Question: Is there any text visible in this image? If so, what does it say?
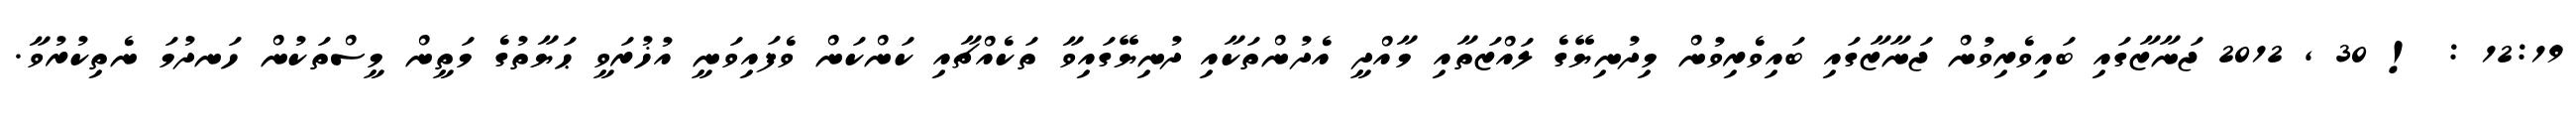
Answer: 12:19 : ! 30 , 2012 ޖަނާޒާގައި ބައިވެރިވުން ޖަނާޒާގައި ބައިވެރިވުން މިދުނިޔޭގެ ލައްޒަތާއި މާއްދީ އެދުންތަކާއި ދުނިޔޭގައިވާ ތަކެއްޗާއި ކަންކަން ވެފައިވަނީ އުޚުރަވީ ޙަޔާތުގެ މަތީން މީސްތަކުން ހަނދުމަ ނެތިކުރުވާ.